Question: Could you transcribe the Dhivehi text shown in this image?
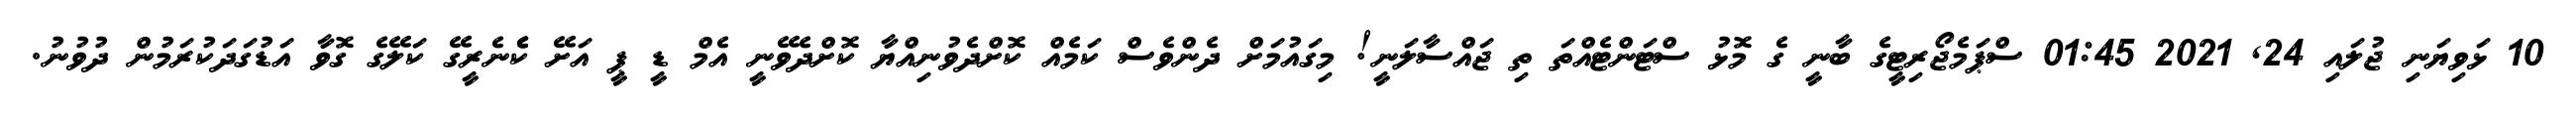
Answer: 10 ޅަވިޔަނި ޖުލައި 24, 2021 01:45 ސްޕަމެޖޯރިޓީގެ ބާނީ ގެ މޮޅު ސްޓަންޓެއްތަ ތި ޖައްސާލަނީ! މިގައުމަށް ދެންވެސް ކަމެއް ކޮށްދެވުނިއްޔާ ކޮށްދެވޭނީ އެމް ޑީ ޕީ އަށޭ ކެެެނެރީގޭ ކަލޭގެ ގޮވާ އަޑުގަދަކުރަމުން ދުވުނު.